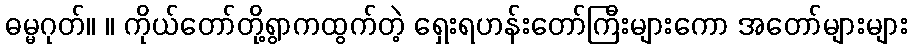
ဓမ္မဂုတ်။ ။ ကိုယ်တော်တို့ရွာကထွက်တဲ့ ရှေးရဟန်းတော်ကြီးများကော အတော်များများ